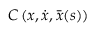
C \left( \boldsymbol { x } , \dot { \boldsymbol { x } } , \bar { \boldsymbol { x } } ( s ) \right)